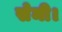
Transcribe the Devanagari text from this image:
सेमी।